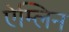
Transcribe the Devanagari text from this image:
ऐम्लिन